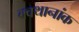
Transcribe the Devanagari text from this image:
क्वथानांक